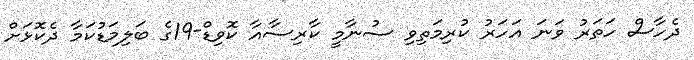
ދެހާސް ހަތަރު ވަނަ އަހަރު ކުރިމަތިވި ސުނާމީ ކާރިސާއާ ކޮވިޑް-19ގެ ބަލިމަޑުކަމާ ދެކޮޅަށް